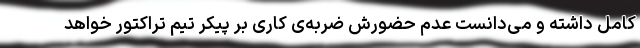
کامل داشته و می‌دانست عدم حضورش ضربه‌‌ی کاری بر پیکر تیم تراکتور خواهد